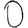
Digit: 0